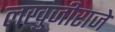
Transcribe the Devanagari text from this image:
लखुजीराजे